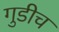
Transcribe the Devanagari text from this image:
गुडीच